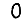
Digit: 0